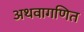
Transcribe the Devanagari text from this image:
अथवागणित